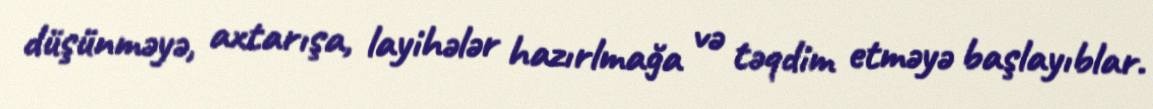
düşünməyə, axtarışa, layihələr hazırlmağa və təqdim etməyə başlayıblar.